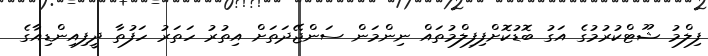
ފިލްމު ޝޫޓްކުރުމުގެ އަގު ބޮޑުކޮށްްފިފިލްމުތައް ނިންމަން ސަންޖޭދަތަށް އިތުރު ހަތަރު ހަފުތާ ދީފިއިންޑިއާގެ